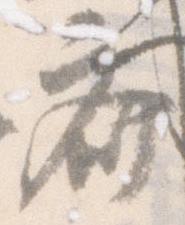
斎